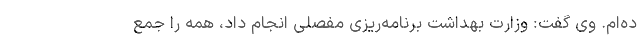
ده‌ام. وی گفت: وزارت بهداشت برنامه‌ریزی مفصلی انجام داد، همه را جمع